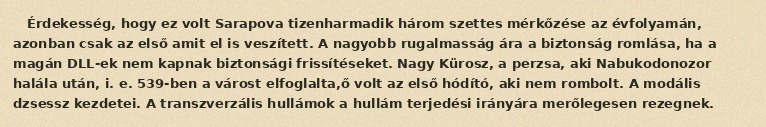
Érdekesség, hogy ez volt Sarapova tizenharmadik három szettes mérkőzése az évfolyamán, azonban csak az első amit el is veszített. A nagyobb rugalmasság ára a biztonság romlása, ha a magán DLL-ek nem kapnak biztonsági frissítéseket. Nagy Kürosz, a perzsa, aki Nabukodonozor halála után, i. e. 539-ben a várost elfoglalta,ő volt az első hódító, aki nem rombolt. A modális dzsessz kezdetei. A transzverzális hullámok a hullám terjedési irányára merőlegesen rezegnek.